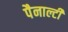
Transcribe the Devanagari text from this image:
पैनाल्टी